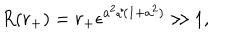
R ( r _ { + } ) = r _ { + } \epsilon ^ { a ^ { 2 } / ( 1 + a ^ { 2 } ) } \gg 1 ,